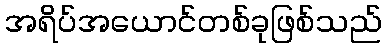
အရိပ်အယောင်တစ်ခုဖြစ်သည်